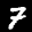
Label: 7